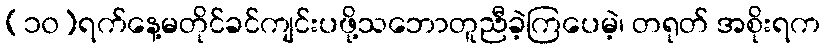
(၁၀)ရက်နေ့မတိုင်ခင်ကျင်းပဖို့သဘောတူညီခဲ့ကြပေမဲ့၊ တရုတ် အစိုးရက